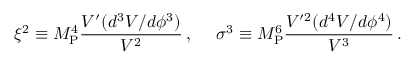
\xi ^ { 2 } \equiv M _ { \mathrm { P } } ^ { 4 } \frac { V ^ { \prime } ( d ^ { 3 } V / d \phi ^ { 3 } ) } { V ^ { 2 } } \, , ~ ~ ~ ~ \sigma ^ { 3 } \equiv M _ { \mathrm { P } } ^ { 6 } \frac { V ^ { \prime 2 } ( d ^ { 4 } V / d \phi ^ { 4 } ) } { V ^ { 3 } } \, .